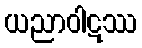
ယညာဝါဋဿ